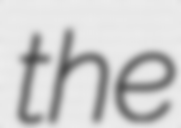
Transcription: the